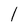
Character: l